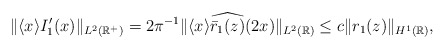
\begin{align*} \|\langle x\rangle I_1^{\prime}(x)\|_{L^2(\mathbb{R}^+)}= 2\pi^{-1} \|\langle x\rangle \widehat{ \bar{r}_1(z)} (2x)\|_{L^2(\mathbb{R})}\leq c \| r_1(z) \|_{H^1(\mathbb{R})},\end{align*}